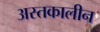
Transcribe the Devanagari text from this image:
अस्तकालीन